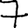
Digit: 7